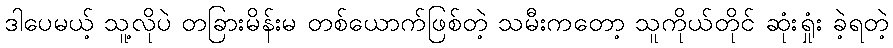
ဒါပေမယ့် သူ့လိုပဲ တခြားမိန်းမ တစ်ယောက်ဖြစ်တဲ့ သမီးကတော့ သူကိုယ်တိုင် ဆုံးရှုံး ခဲ့ရတဲ့